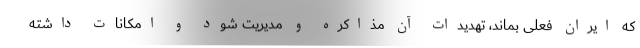
که ایرانِ فعلی بماند، تهدیدات آن مذاکره و مدیریت شود و امکانات داشته